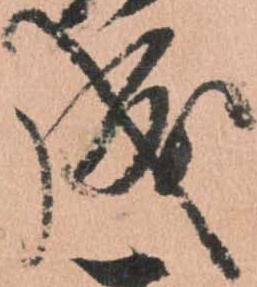
成